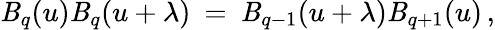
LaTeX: \mathit{B}_{q}(u)\mathit{B}_{q}(u+\lambda)\: =\: \mathit{B}_{q-1}(u+\lambda)\mathit{B}_{q+1}(u)\, ,